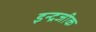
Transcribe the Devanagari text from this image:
इन्द्रजीक